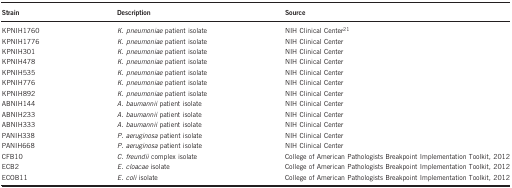
<table><thead><tr><td><b>Strain</b></td><td><b>Description</b></td><td><b>Source</b></td></tr></thead><tbody><tr><td>KPNIH1760</td><td><i>K. pneumoniae</i> patient isolate</td><td>NIH Clinical Center<sup>21</sup></td></tr><tr><td>KPNIH1776</td><td><i>K. pneumoniae</i> patient isolate</td><td>NIH Clinical Center</td></tr><tr><td>KPNIH301</td><td><i>K. pneumoniae</i> patient isolate</td><td>NIH Clinical Center</td></tr><tr><td>KPNIH478</td><td><i>K. pneumoniae</i> patient isolate</td><td>NIH Clinical Center</td></tr><tr><td>KPNIH535</td><td><i>K. pneumoniae</i> patient isolate</td><td>NIH Clinical Center</td></tr><tr><td>KPNIH776</td><td><i>K. pneumoniae</i> patient isolate</td><td>NIH Clinical Center</td></tr><tr><td>KPNIH892</td><td><i>K. pneumoniae</i> patient isolate</td><td>NIH Clinical Center</td></tr><tr><td>ABNIH144</td><td><i>A. baumannii</i> patient isolate</td><td>NIH Clinical Center</td></tr><tr><td>ABNIH233</td><td><i>A. baumannii</i> patient isolate</td><td>NIH Clinical Center</td></tr><tr><td>ABNIH333</td><td><i>A. baumannii</i> patient isolate</td><td>NIH Clinical Center</td></tr><tr><td>PANIH338</td><td><i>P. aeruginosa</i> patient isolate</td><td>NIH Clinical Center</td></tr><tr><td>PANIH668</td><td><i>P. aeruginosa</i> patient isolate</td><td>NIH Clinical Center</td></tr><tr><td>CFB10</td><td><i>C. freundii</i> complex isolate</td><td>College of American Pathologists Breakpoint Implementation Toolkit, 2012</td></tr><tr><td>ECB2</td><td><i>E. cloacae</i> isolate</td><td>College of American Pathologists Breakpoint Implementation Toolkit, 2012</td></tr><tr><td>ECOB11</td><td><i>E. coli</i> isolate</td><td>College of American Pathologists Breakpoint Implementation Toolkit, 2012</td></tr></tbody></table>